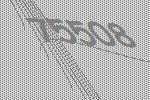
75508